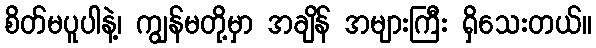
စိတ်မပူပါနဲ့၊ ကျွန်မတို့မှာ အချိန် အများကြီး ရှိသေးတယ်။